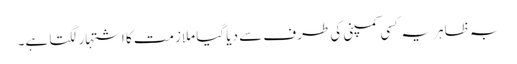
بہ ظاہر یہ کسی کمپنی کی طرف سے دیا گیا ملازمت کا اشتہار لگتا ہے۔